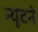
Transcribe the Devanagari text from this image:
न्यूटने